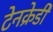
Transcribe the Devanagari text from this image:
टेनक्रेडी